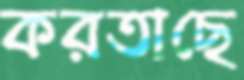
করতাছে